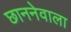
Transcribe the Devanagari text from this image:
छाननेवाला